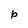
Character: b